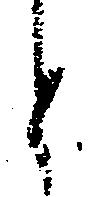
と